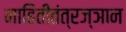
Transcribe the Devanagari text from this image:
माहितीतंत्रज्ञान